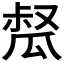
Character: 𤬂